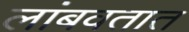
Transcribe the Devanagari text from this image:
लांबवतात